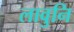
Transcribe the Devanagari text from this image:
लावुनि